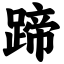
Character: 蹄